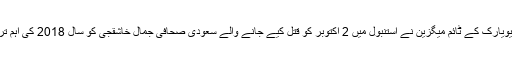
خبررساں ادارے کے مطابق نیویارک کے ٹائم میگزین نے استنبول میں 2 اکتوبر کو قتل کیے جانے والے سعودی صحافی جمال خاشقجی کو سال 2018 کی اہم ترین شخصیت قرار دے دیا ہے۔